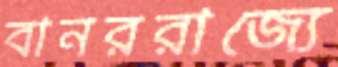
বানররাজ্যে